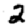
Digit: 2